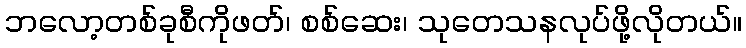
ဘလော့တစ်ခုစီကိုဖတ်၊ စစ်ဆေး၊ သုတေသနလုပ်ဖို့လိုတယ်။